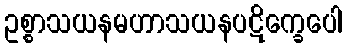
ဥစ္စာသယနမဟာသယနပဋိက္ခေပေါ